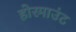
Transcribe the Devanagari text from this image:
होरमाउंट